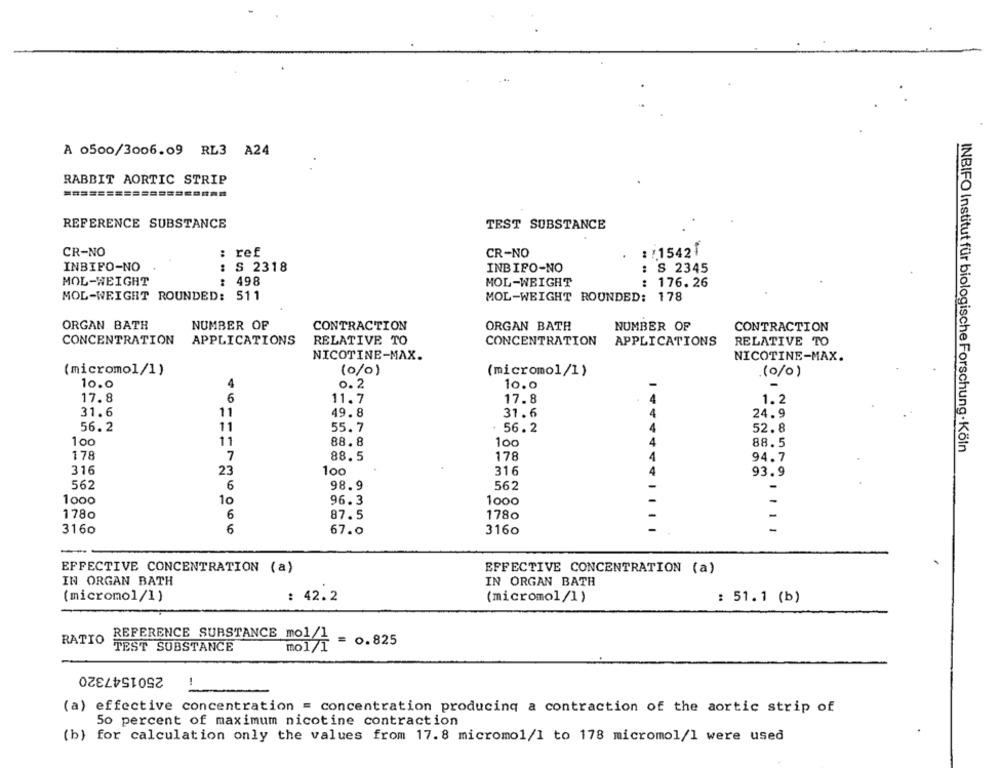
A 0500/3006.09 RL3 A24
RABBIT AORTIC STRIP
REFERENCE SUBSTANCE
TEST SUBSTANCE
CR-NO
: ref
CR-NO
: ! 1542|
..
INBIFO-NO
: S 2318
INBIPO-NO
: S 2345
MOL-WEIGHT
: 498
MOL-WEIGHT
: 176. 26
MOL-WEIGHT ROUNDED: 511
MOL-WEIGHT ROUNDED: 178
ORGAN BATH
NUMBER OF
CONTRACTION
ORGAN BATH
NUMBER OF
CONTRACTION
CONCENTRATION
APPLICATIONS
RELATIVE TO
CONCENTRATION
APPLICATIONS
RELATIVE TO
NICOTINE-MAX.
NICOTINE-MAX.
(micromol/1)
(o/o)
(micromol/1)
(o/o)
10.0
4
0.2
10.0
17.8
6
11.7
4
1.2
17.8
31.6
11
49.8
31.6
24.9
56.2
11
55.7
56.2
52.8
100
11
88.8
100
88.5
INBIFO Institut für biologische Forschung-Köln
178
7
88.5
178
4
94.7
316
23
100
316
93.9
562
6
98.9
-
562
1000
10
-
96.3
1000
1780
6
87.5
1780
3160
6
67.0
3160
-
EFFECTIVE CONCENTRATION (a)
EFFECTIVE CONCENTRATION (a)
IN ORGAN BATH
IN ORGAN BATH
(micromol/1)
: 42.2
(micromol/1)
: 51.1 (b)
RATIO
REFERENCE SUBSTANCE mol/l = 0.825
TEST SUBSTANCE
mo171
2501547320
1
(a) effective concentration = concentration producing a contraction of the aortic strip of
50 percent of maximum nicotine contraction
(b) for calculation only the values from 17.8 micromol/l to 178 micromol/l were used